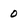
Character: 0